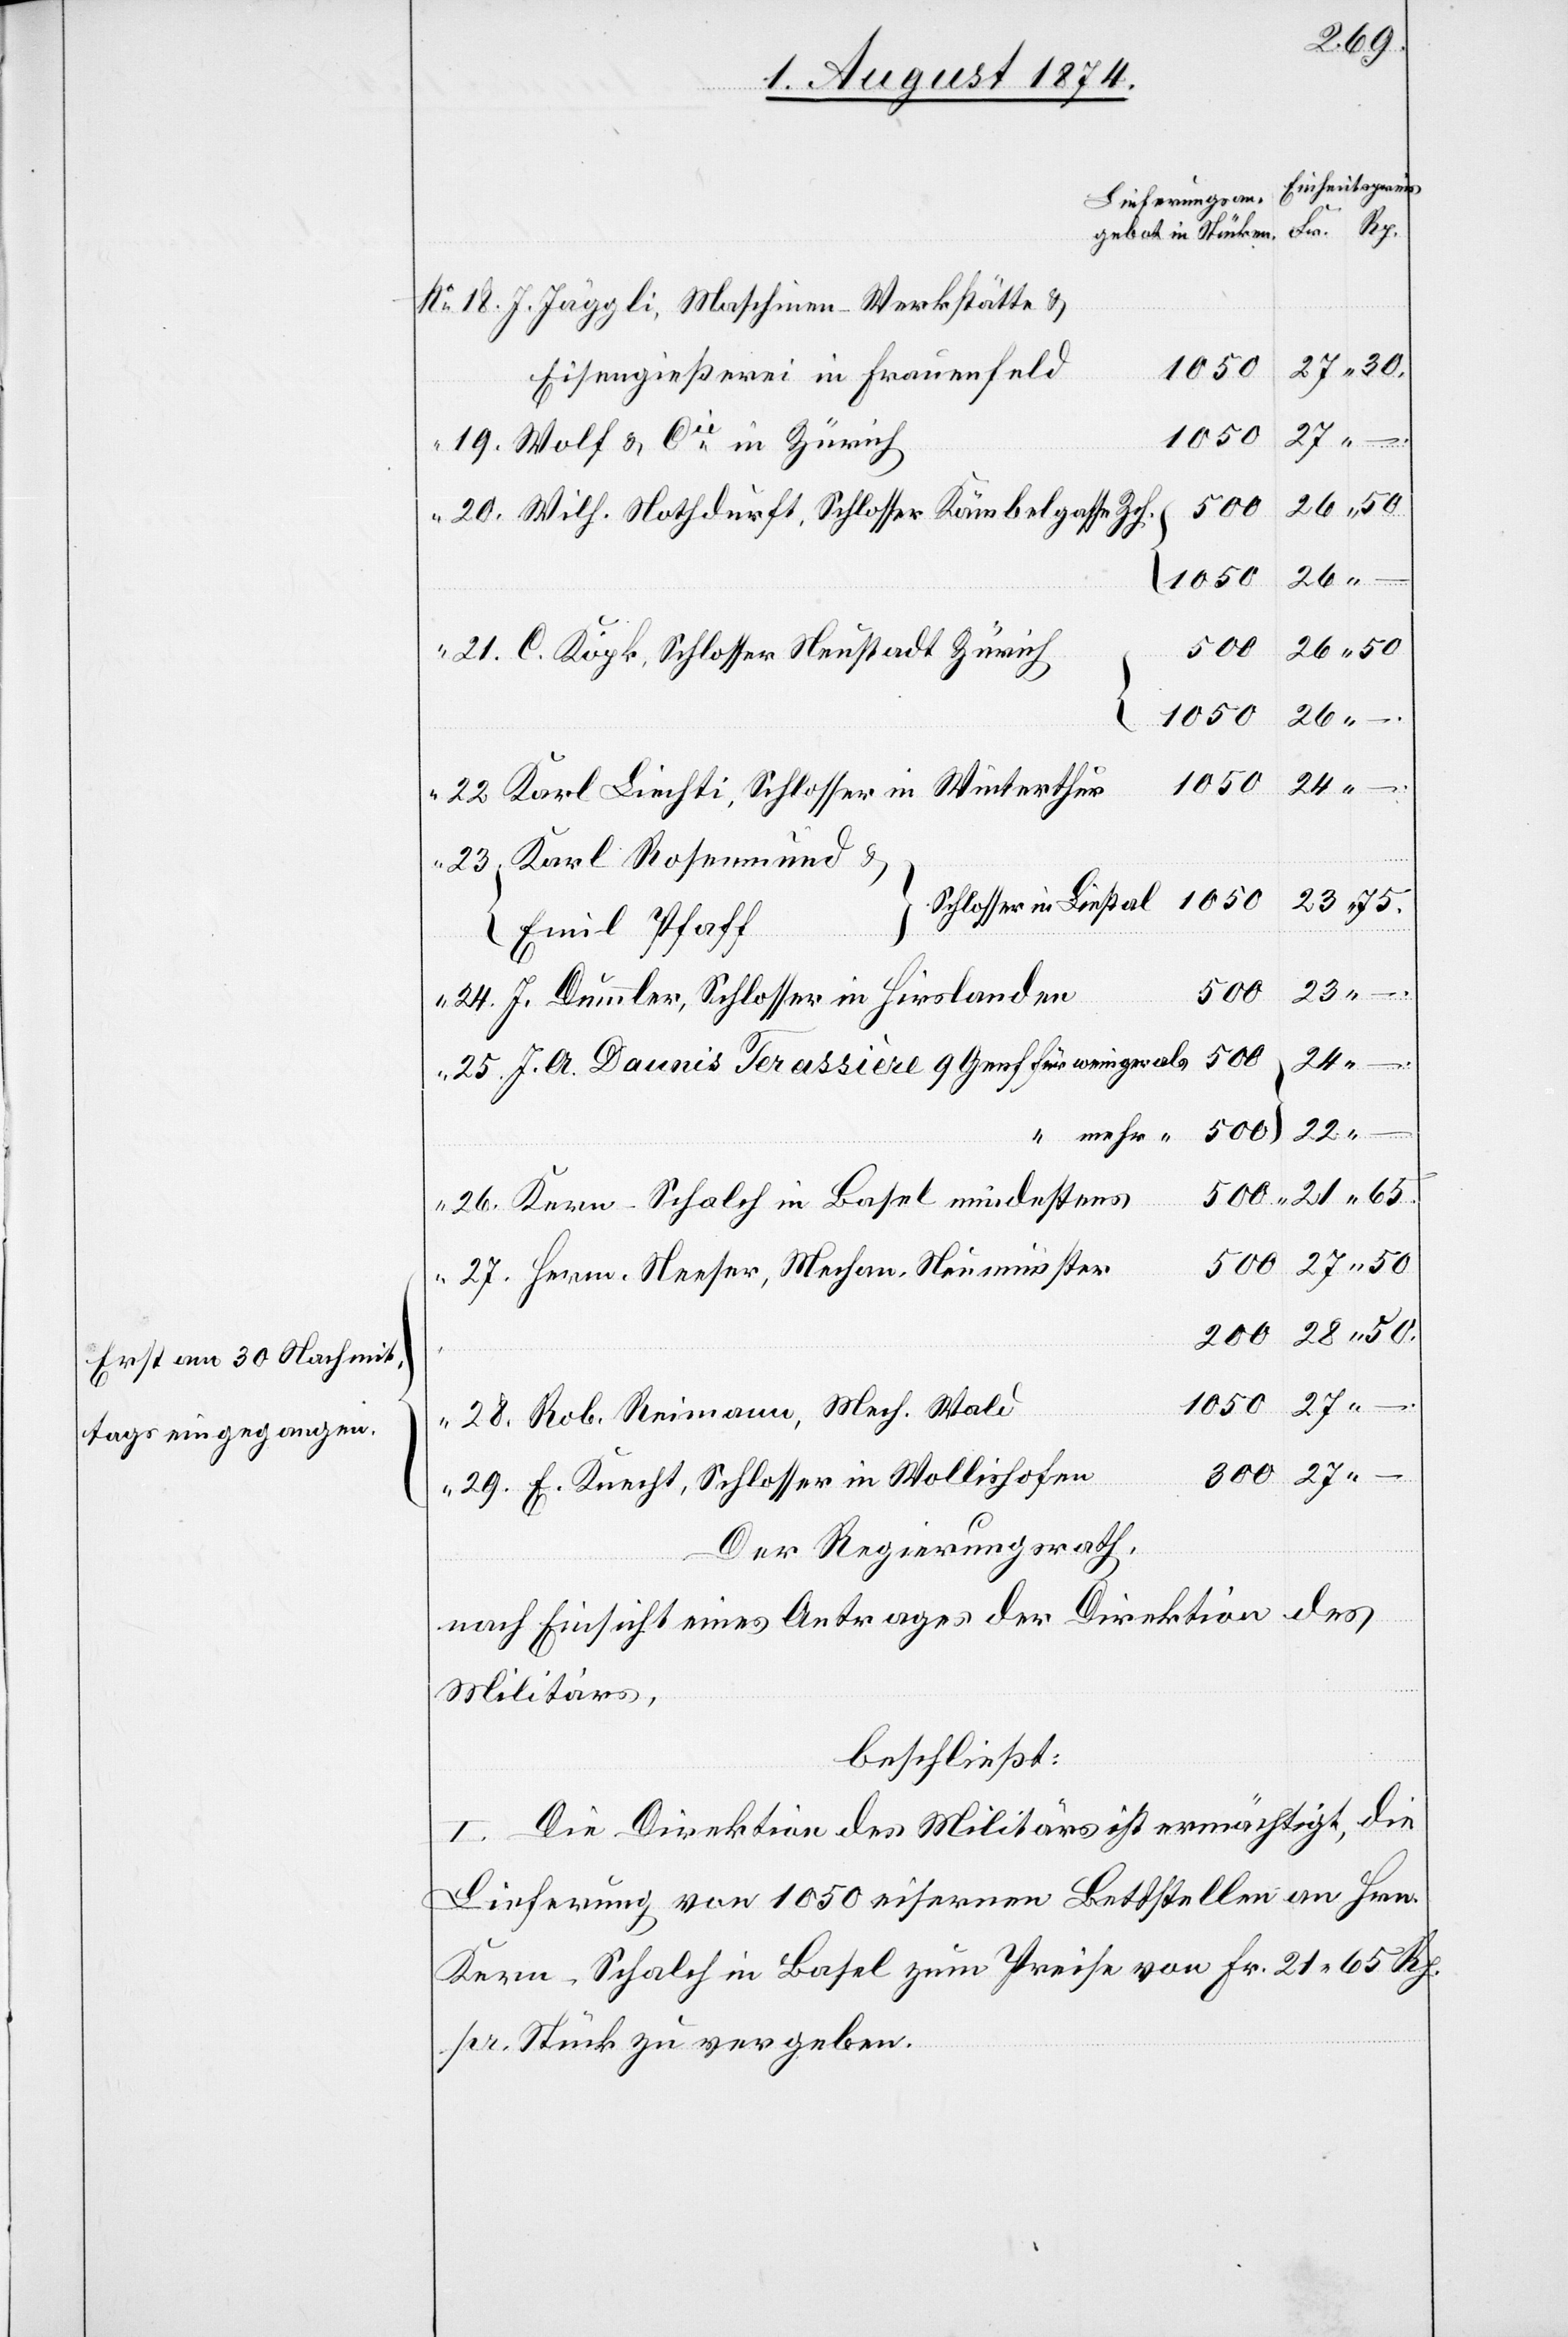
Erst am 30. Nachmit-

29.
J. Jäggli, Maschinen-Werkstätte u.
gießerei in Frauenfeld
1050
hofen
Wolf u. Cie in Zürich
500
Wilh. Nothdurft, Schlosser Kärbelgasse Zch.
26.
300
C. Köpk, Schlosser in Neustadt Zürich
1050
200
–
“
Karl Liechti, Schlosser in Winterthur
Emil Pfaff
27.
J. Dummler, Schlosser in Hirslanden
in
mehr
Kern-Schalch in Basel mindestens
Herrn. Neeser, Mechan. Neumünster
–
Rob. Reinmann, Mech. Wald
Der Regierungsrath,
nach Einsicht eines Antrages der Direktion des
Militärs,
beschließt:
I. Die Direktion des Militärs ist ermächtigt, die
Lieferung von 1050 eisernen Bettstellen an Hrn.
Kern-Schalch in Basel zum Preise von Fr. 21.65 Rp.
pr. Stück zu vergeben.